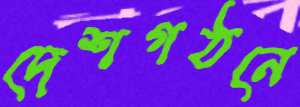
দেশগঠনে